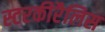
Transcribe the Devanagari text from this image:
स्टरकीरैलिस